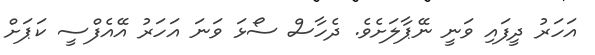
އަހަރު ދީފައި ވަނީ ނޭޕާލަށެވެ. ދެހާސް ސޯޅަ ވަނަ އަހަރު އޭއެފްސީ ކަޕަށް